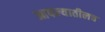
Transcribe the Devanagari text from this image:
आपल्यातीलच